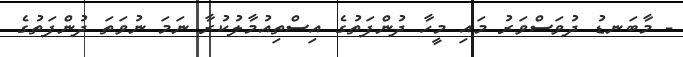
- މާބަނޑު ދުވަސްވަރު މައި މީހާ ދުންފަތުގެ އިސްތިއުމާލުކުރާ ނަމަ ނުވަތަ ދުންފަތުގެ